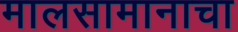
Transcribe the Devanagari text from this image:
मालसामानाचा